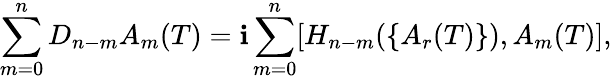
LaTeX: \sum_{m=0}^{n}D_{n-m}A_{m}(T)=\mathbf{i}\sum_{m=0}^{n}[H_{n-m}(\{ A_{r}(T)\} ),A_{m}(T)],